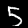
Digit: 5